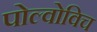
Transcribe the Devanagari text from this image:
पोल्वोविच